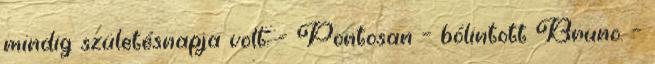
mindig születésnapja volt. – Pontosan – bólintott Bruno. –